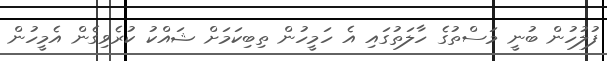
ފުލުހުން ބުނީ މަސްތުގެ ހާލަތުގައި އެ ހަމީހުން ތިބިކަމަށް ޝައްކު ކުރެވިގެން އެމީހުން